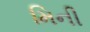
મિની